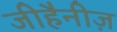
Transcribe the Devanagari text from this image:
जीहैनीज़